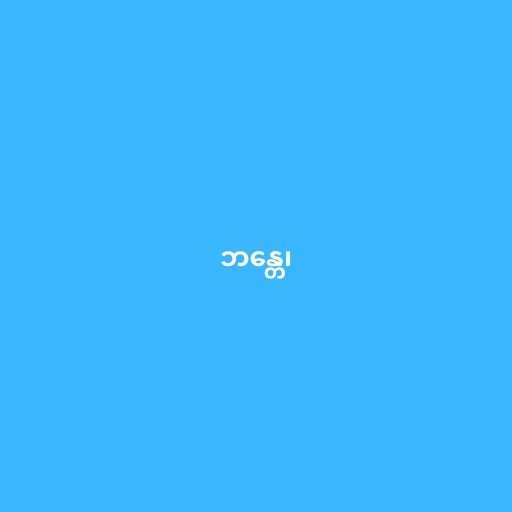
ဘန္တေ၊